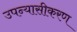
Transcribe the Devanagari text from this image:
उपन्‍यासीकरण